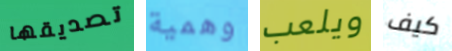
تصديقها وهمية ويلعب كيف